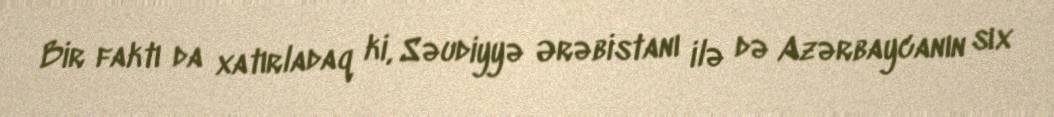
Bir faktı da xatırladaq ki, Səudiyyə Ərəbistanı ilə də Azərbaycanın sıx